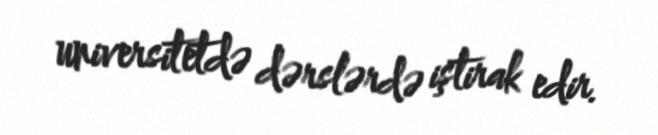
universitetdə dərslərdə iştirak edir.